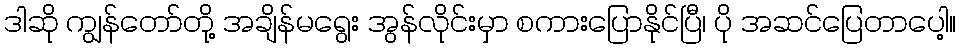
ဒါဆို ကျွန်တော်တို့ အချိန်မရွေး အွန်လိုင်းမှာ စကားပြောနိုင်ပြီ၊ ပို အဆင်ပြေတာပေါ့။